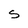
Character: S